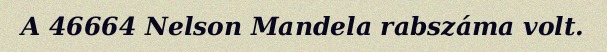
A 46664 Nelson Mandela rabszáma volt.